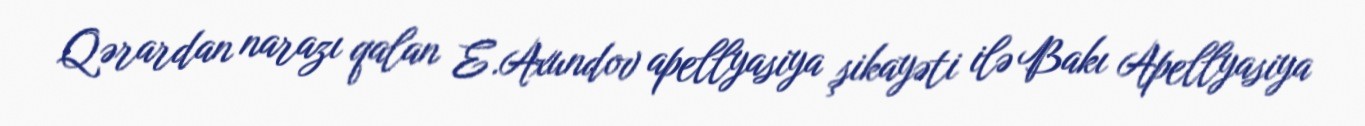
Qərardan narazı qalan E.Axundov apellyasiya şikayəti ilə Bakı Apellyasiya